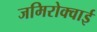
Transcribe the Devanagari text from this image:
जमिरोक्वाई